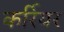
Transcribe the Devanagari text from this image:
कर्रियर